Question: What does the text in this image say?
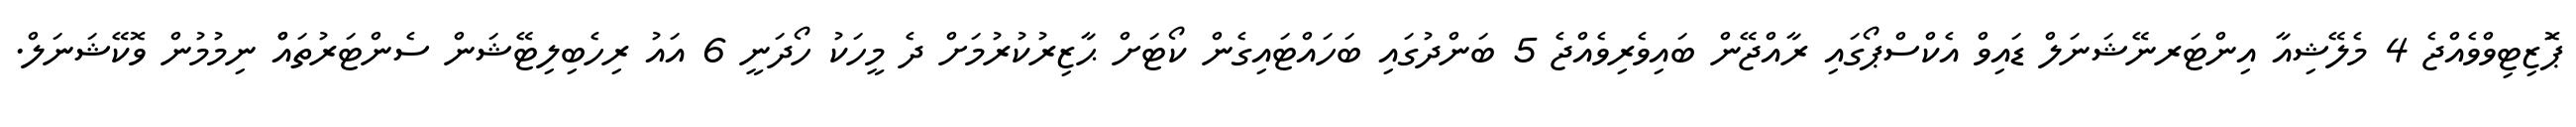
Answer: ޕަޮޒިޓިވްވެއްޖެ 4 މެލޭޝިއާ އިންޓަރނޭޝަނަލް ޑައިވް އެކްސްޕޯގައި ރާއްޖޭން ބައިވެރިވެއްޖެ 5 ބަންދުގައި ބަހައްޓައިގެން ކޯޓަށް ޙާޒިރުކުރުމަށް ދެ މީހަކު ހޯދަނީ 6 އައު ރިހެބިލިޓޭޝަން ސެންޓަރުތައްް ނިމުމުން ވޮކޭޝަނަލް.